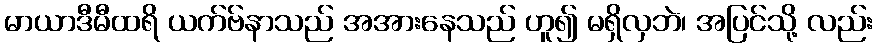
မာယာဒီမီထရိ ယက်ဗ်နာသည် အအားနေသည် ဟူ၍ မရှိလှဘဲ၊ အပြင်သို့ လည်း